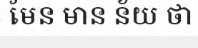
មែន មាន ន័យ ថា